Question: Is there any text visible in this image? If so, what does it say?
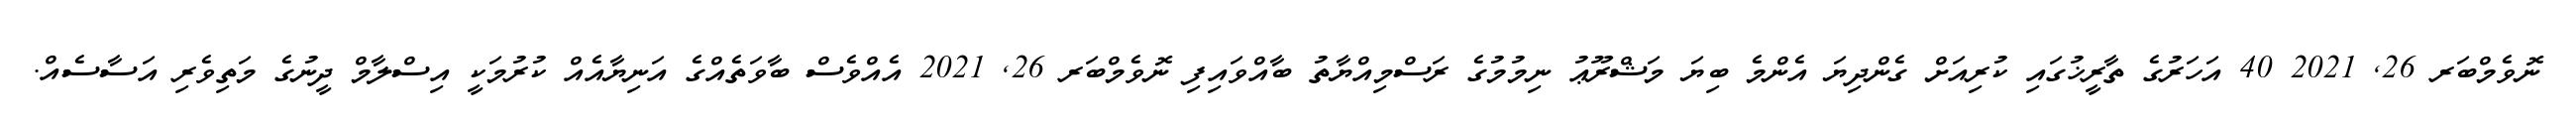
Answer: ނޮވެމްބަރ 26, 2021 40 އަހަރުގެ ތާރީޚުގައި ކުރިއަށް ގެންދިޔަ އެންމެ ބިޔަ މަޝްރޫޢު ނިމުމުގެ ރަސްމިއްޔާތު ބާއްވައިފި ނޮވެމްބަރ 26, 2021 އެއްވެސް ބާވަތެއްގެ އަނިޔާއެއް ކުރުމަކީ އިސްލާމް ދީނުގެ މަތިވެރި އަސާސެއް.